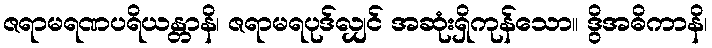
ဇရာမရဏပရိယန္တာနိ၊ ဇရာမရပုဒ်လျှင် အဆုံးရှိကုန်သော။ ဒွိအဓိကာနိ၊